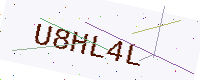
Text: U8HL4L